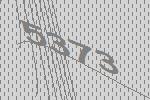
5373